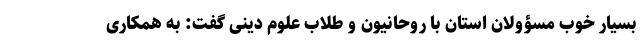
بسیار خوب مسؤولان استان با روحانیون و طلاب علوم دینی گفت: به همکاری